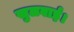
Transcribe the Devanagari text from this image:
खुलवाई।